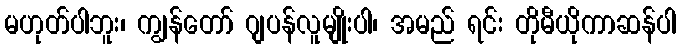
မဟုတ်ပါဘူး၊ ကျွန်တော် ဂျပန်လူမျိုးပါ၊ အမည် ရင်း တိုမီယိုကာဆန်ပါ